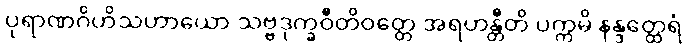
ပုရာဏဂိဟိသဟာယော သဗ္ဗဒုက္ခဝီတိဝတ္တေ အရဟန္တီတိ ပက္ကမိ နန္ဒတ္ထေရံ